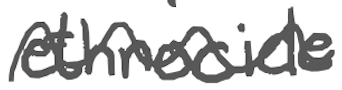
Text: ethnocide
Cross-out: mix
Writing tool: digital_gray